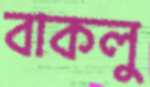
বাকলু